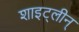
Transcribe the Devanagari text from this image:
शाइट्लीन्